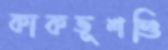
কাকভূশণ্ডি